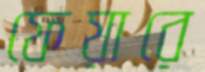
ফেয়ারে